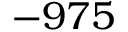
- 9 7 5